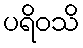
ပရိဝသိ